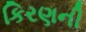
કિરણની